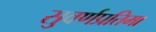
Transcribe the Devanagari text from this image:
सुवर्णप्रतिमा